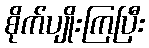
စိုက်ပျိုးကြပြီး